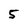
Character: 5